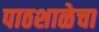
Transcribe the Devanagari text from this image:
पाठशाळेचा